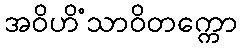
အဝိဟိံသာဝိတက္ကော